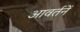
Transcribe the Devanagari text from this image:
आवर्तनें